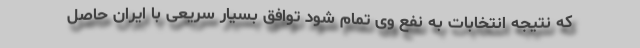
که نتیجه انتخابات به نفع وی تمام شود توافق بسیار سریعی با ایران حاصل